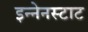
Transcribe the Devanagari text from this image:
इन्नेनस्टाट